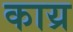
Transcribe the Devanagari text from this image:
काय्र